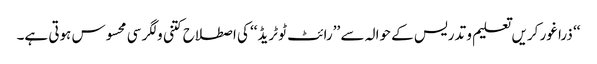
‘‘ ذرا غور کریں تعلیم و تدریس کے حوالہ سے ’’رائٹ ٹو ٹریڈ‘‘ کی اصطلاح کتنی ولگر سی محسوس ہوتی ہے۔